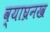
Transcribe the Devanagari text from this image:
व्याघ्रनख